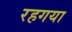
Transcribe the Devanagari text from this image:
रहगया